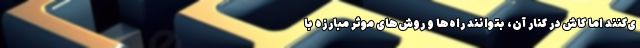
ی‌کنند اما کاش در کنار آن، بتوانند راه‌ها و روش‌های موثر مبارزه با